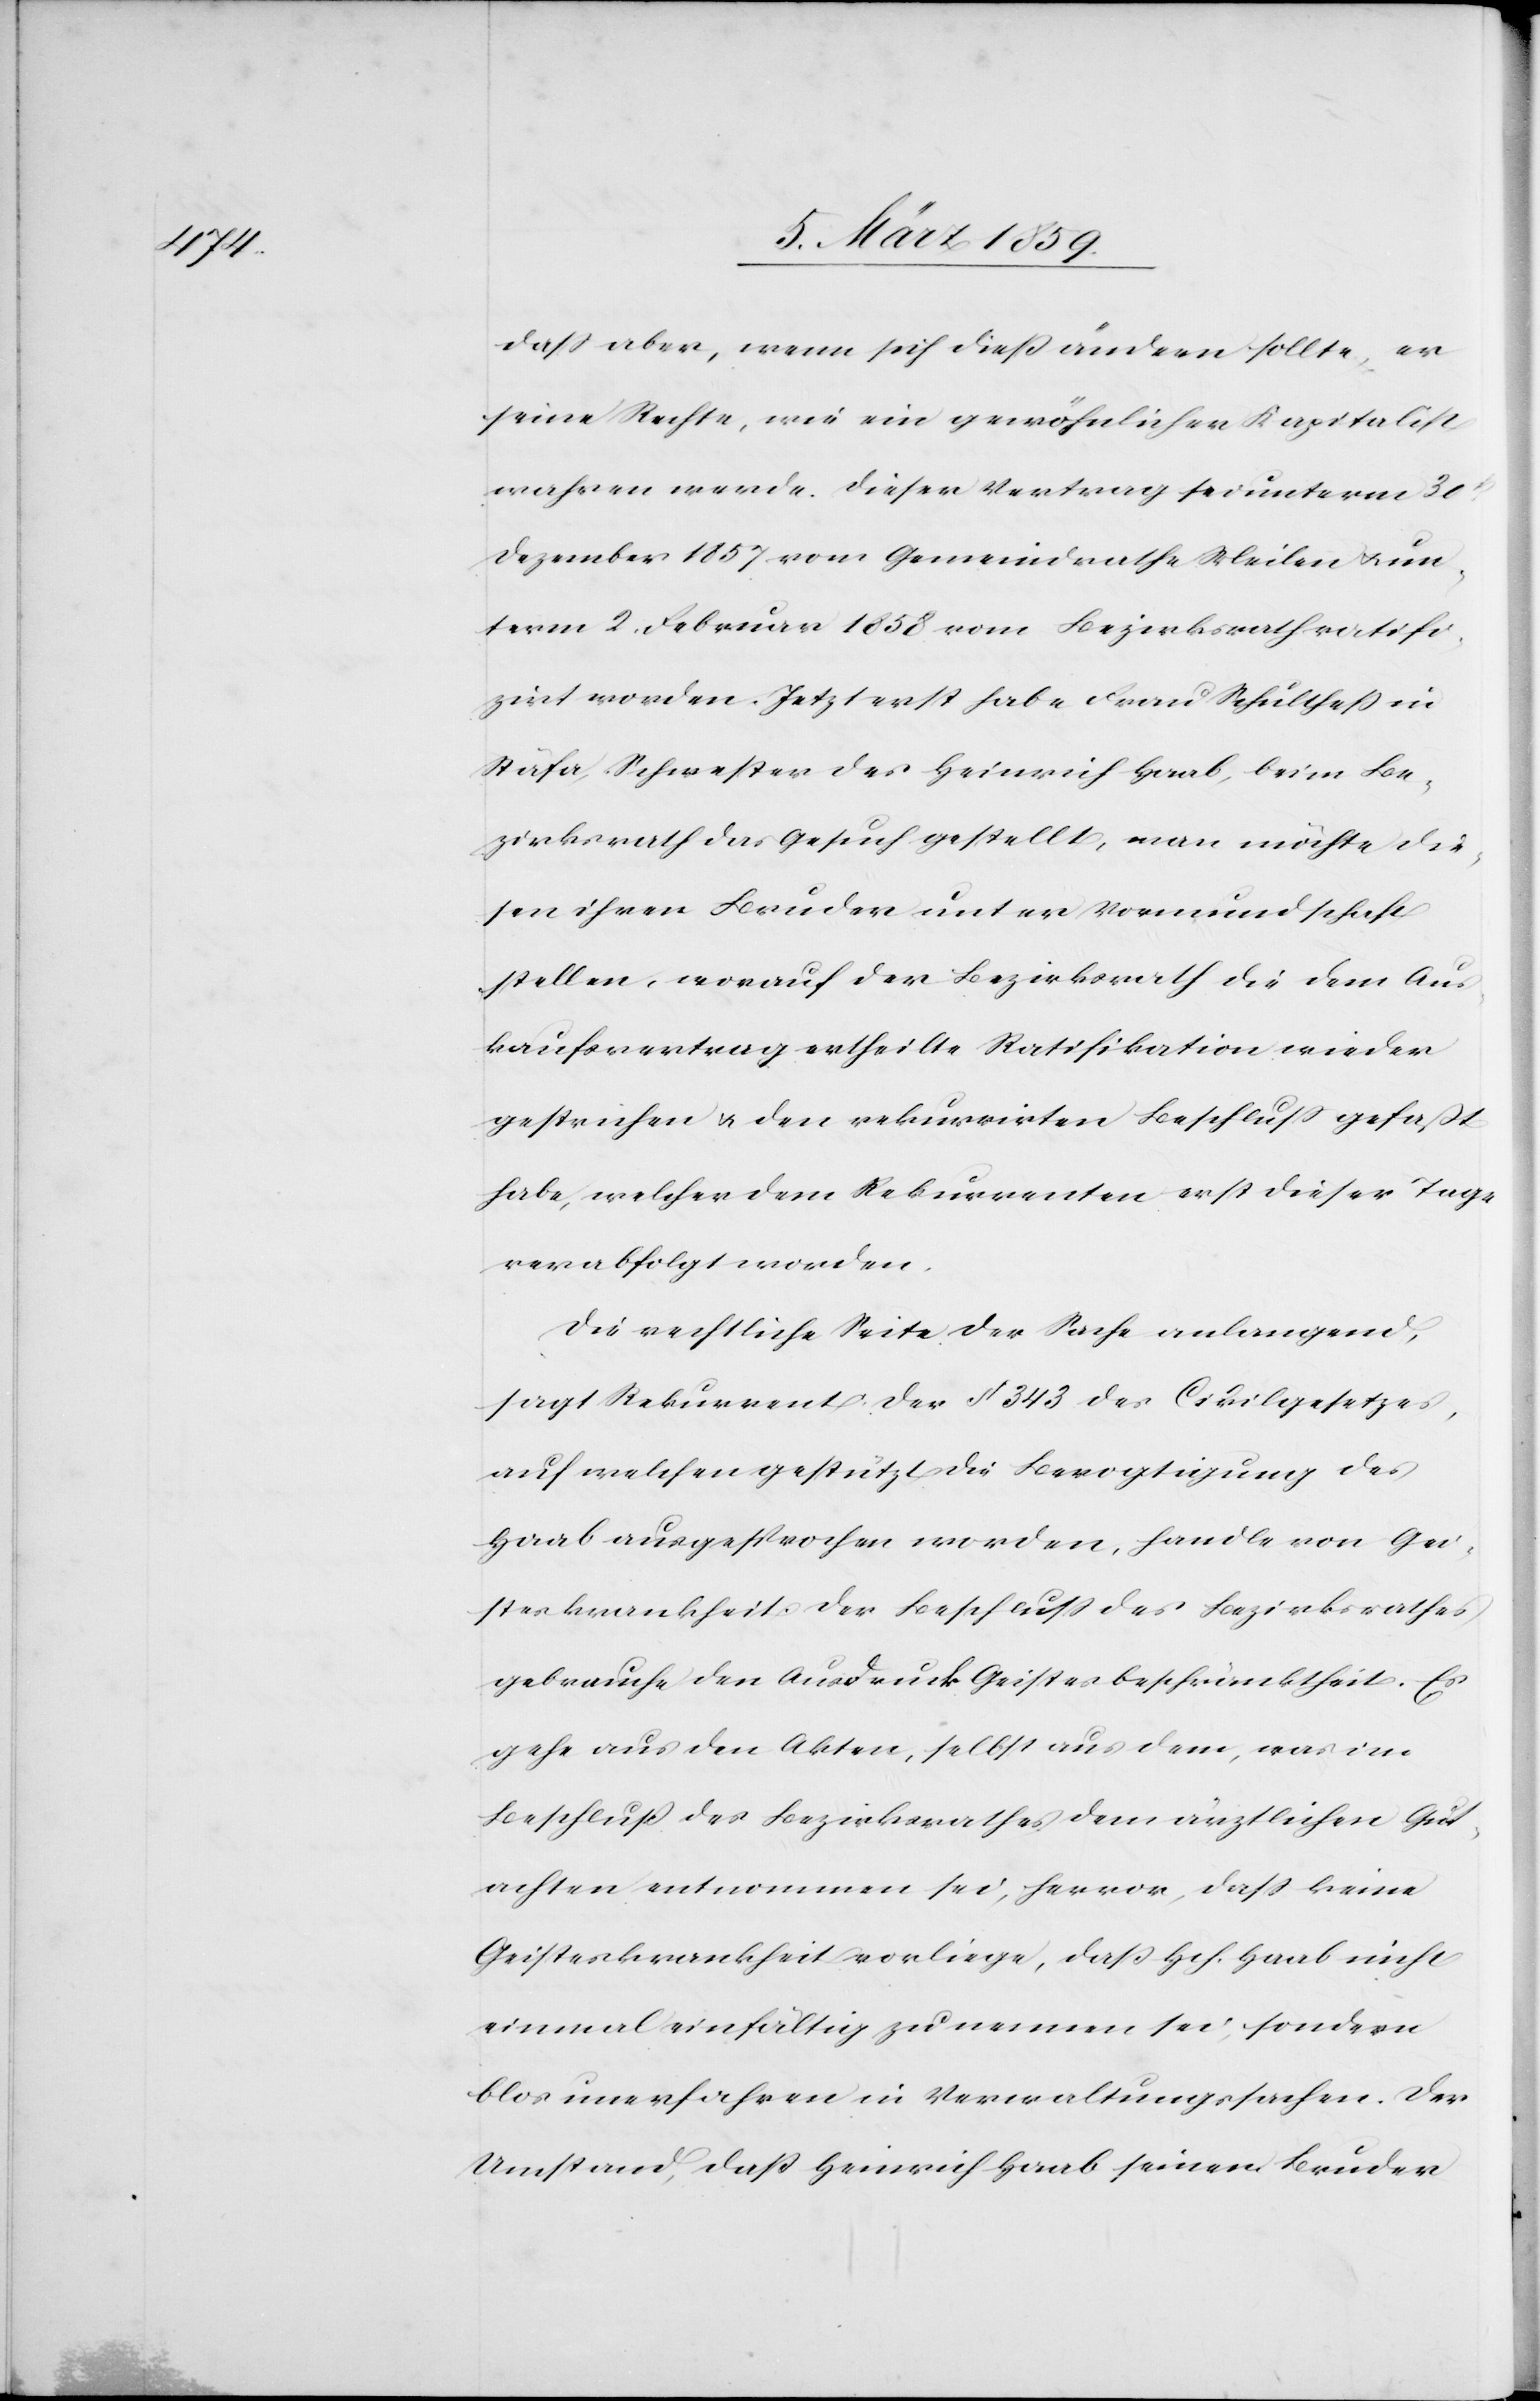
daß aber, wenn sich dieß ändern sollte, er
seine Rechte wie ein gewöhnlicher Kapitalist
wahren werde. Dieser Vertrag sei unterm 30t.
Dezember 1857 vom Gemeindrathe Meilen u. un¬
term 2. Februar 1858 vom Bezirksrath ratifi¬
zirt worden. Jetzt erst habe Frau Schultheß in
Stäfa, Schwester des Heinrich Haab, beim Be¬
zirksrath das Gesuch gestellt, man möchte die¬
sen ihren Bruder unter Vormundschaft
stellen, worauf der Bezirksrath die dem Aus¬
kaufsvertrag ertheilte Ratifikation wieder
gestrichen u. den rekurrirten Beschluß gefaßt
habe, welcher dem Rekurrenten erst dieser Tage
verabfolgt worden.
Die rechtliche Seite der Sache anlangend,
sagt Rekurrent: der § 343 des Civilgesetzes,
auf welchen gestützt die Bevogtigung des
Haab ausgesprochen worden, handle von Gei¬
steskrankheit. Der Beschluß des Bezirksrathes
gebrauche den Ausdruck Geistesbeschränktheit. Es
gehe aus den Akten, selbst aus dem, was im
Beschluß des Bezirksrathes dem ärztlichen Gut¬
achten entnommen sei, hervor, daß keine
Geisteskrankheit vorliege, daß Hch. Haab nicht
einmal einfältig zu nennen sei, sondern
blos unerfahren in Verwaltungssachen. Der
Umstand, daß Heinrich Haab seinem Bruder